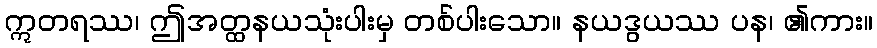
ဣတရဿ၊ ဤအတ္ထနယသုံးပါးမှ တစ်ပါးသော။ နယဒွယဿ ပန၊ ၏ကား။